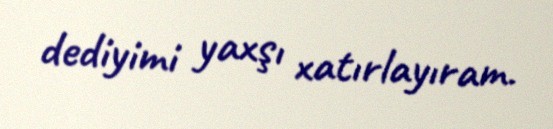
dediyimi yaxşı xatırlayıram.